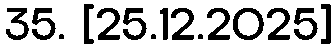
35. [25.12.2025]